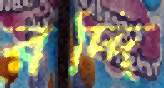
রদ্দি